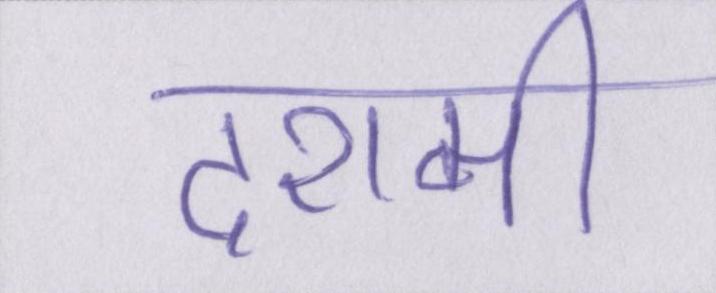
दशमी